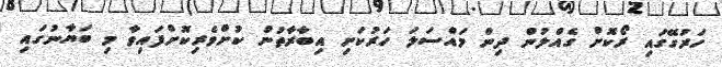
ހަރުގޭގައި ރޯކޮށް ގެއްލުން ދިން މައްސަލަ ހަރުކަށި އިބާރާތުން ކުށްވެރިކޮށްފައިވާ މި ބަޔާނުގައި